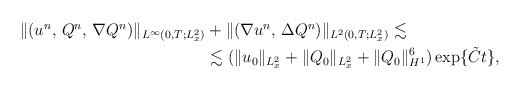
\begin{align*}\begin{aligned}\|(u^n,\,Q^n,\,\nabla Q^n)\|_{L^\infty(0,T;L^2_x)} &+ \|(\nabla u^n,\,\Delta Q^n) \|_{L^2(0,T;L^2_x)} \lesssim \\&\lesssim(\| u_0 \|_{L^2_x} +\|Q_0\|_{L^2_x} + \|Q_0\|_{H^1}^6 ) \exp\{\tilde{C}t\},\end{aligned}\end{align*}